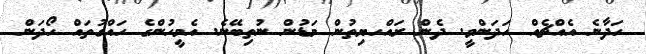
ހަދާނެ އެއްޗެއް ހަދަންވީ. ދެން ރައްހޔިތުން މަޑުން ނުތިބޭނެ. އެމީހުންގެ ހައްގުތައް ހޯދަން